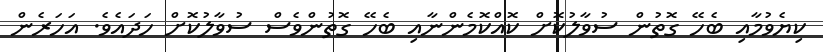
ކިޔެވުމާއި ބެހޭ ގޮތުން ސުވާލުކޮށް ކޮއްކޮމެންނާއި ބެހޭ ގޮތުންވެސް ސުވާލުކޮށް ހަދައެވެ. އަހަރެން